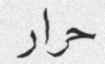
حرار